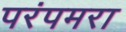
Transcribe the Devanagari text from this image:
परंपमरा